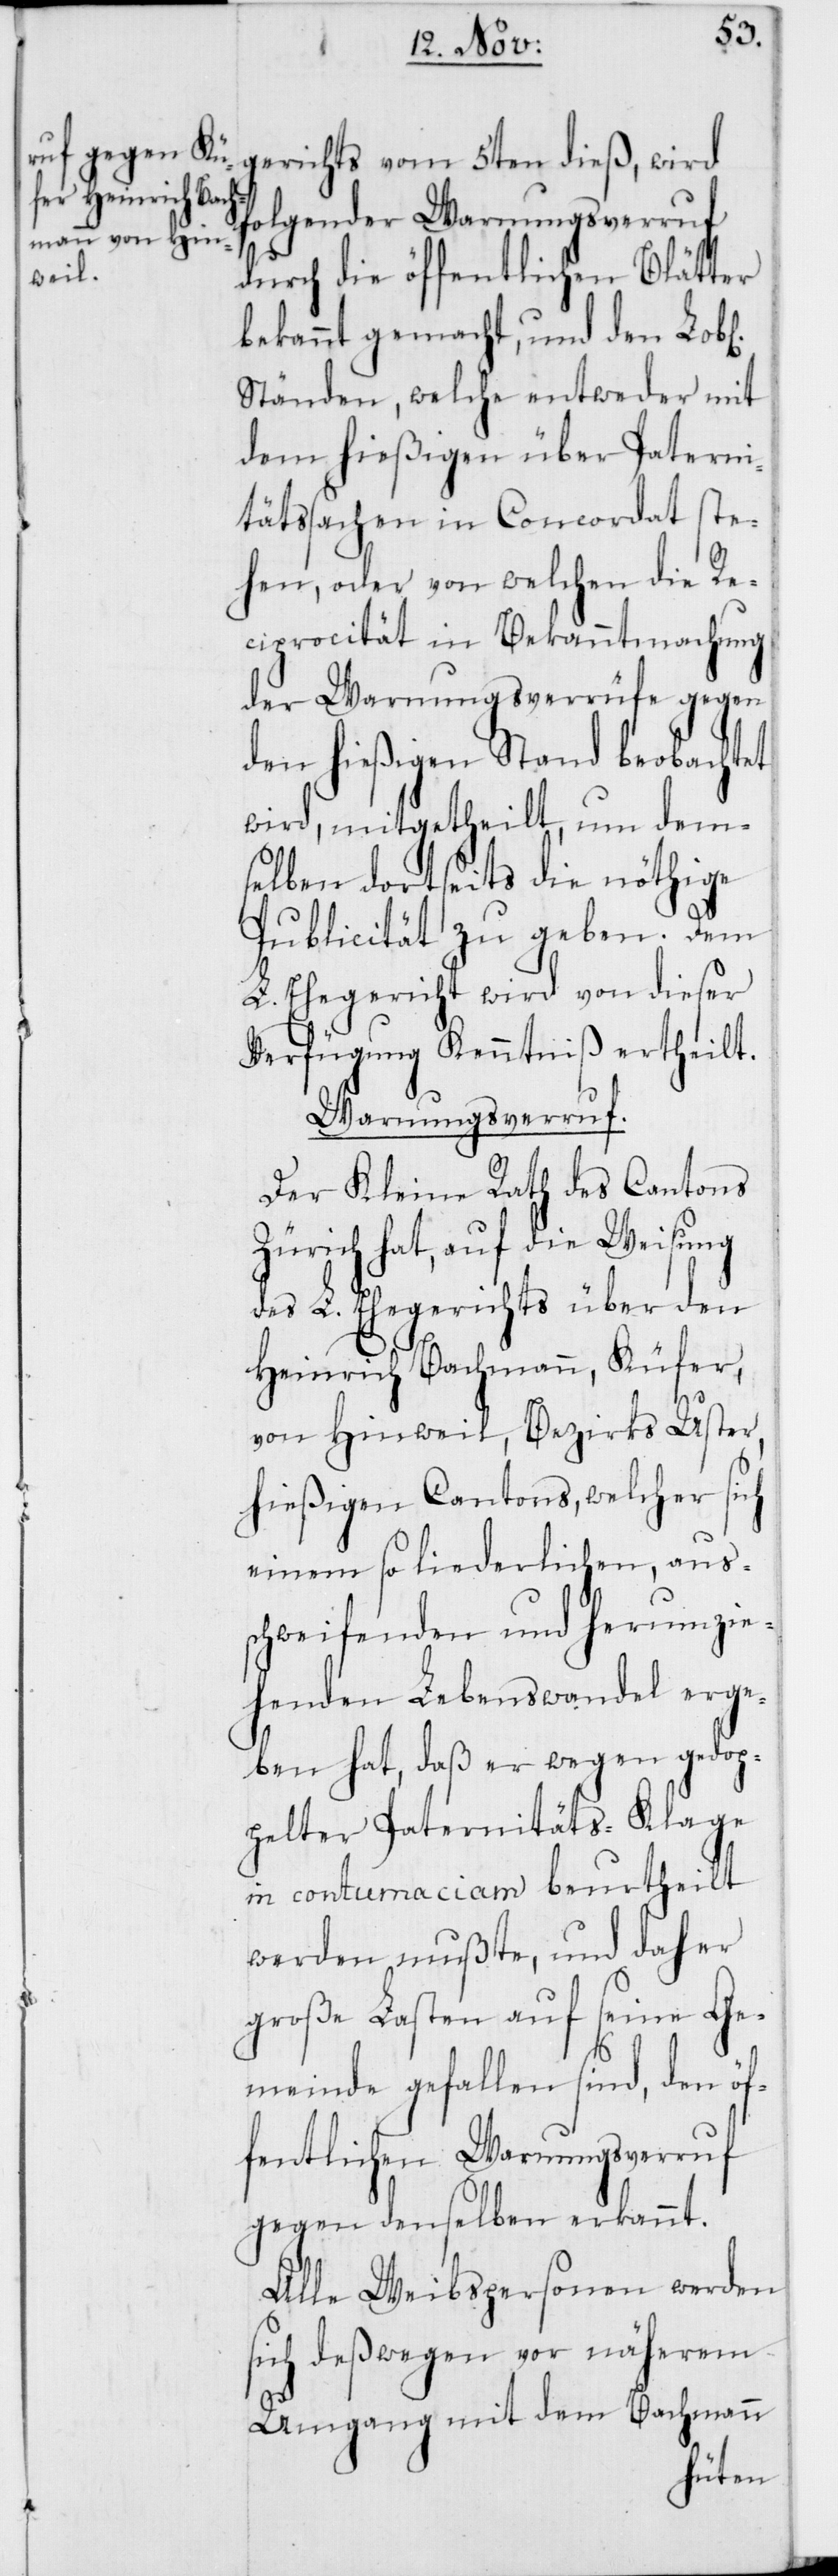
folgender Warnungsverruf
durch die öffentlichen Blätter
bekannt gemacht, und den Lob¬
Ständen, welche entweder mit
dem hießigen über Paterni¬
tätssachen in Concordat ste¬
hen, oder von welchen die Re¬
ciprocität in Bekanntmachung
der Warnungsverrüfe gegen
den hießigen Stand beobachtet
wird, mitgetheilt, um dem¬
selben dortseits die nöthige
Publicität zu geben. Dem
L. Ehegericht wird von dieser
Verfügung Kenntniß ertheilt.
Warnungsverruf.
Der Kleine Rath des Cantons
Zürich hat, auf die Weisung
des L. Ehegerichts über den
Heinrich Bachmann, Küfer,
von Hinweil, Bezirks Uster,
hießigen Cantons, welcher sich
einem so liederlichen, aus¬
schweifenden und herumzie¬
henden Lebenswandel erge¬
ben hat, daß er wegen gedop¬
pelter Paternitäts-Klage
in contumaciam beurtheilt
werden mußte, und daher
große Lasten auf seine Ge¬
meinde gefallen sind, den öf¬
fentlichen Warnungsverruf
gegen denselben erkannt.
Alle Weibspersonen werden
sich deßwegen vor näherem
Umgang mit dem Bachmann
l[ichen]